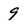
Character: 9